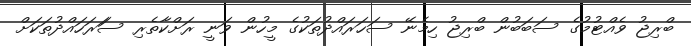
ބްރިޖު ވެއްޓުމުގެ ސަބަބުން ބްރިޖު ހިމެނޭ ސަހަރައްދުތަކުގެ މީހުން ވަނީ ރަށްކާތެރި ސަަރަހައްދުތަކަށް